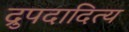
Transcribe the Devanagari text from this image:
द्रुपदादित्य